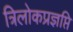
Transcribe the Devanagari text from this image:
त्रिलोकप्रज्ञप्ति